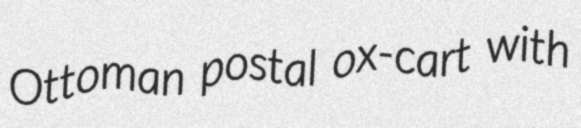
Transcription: Ottoman postal ox-cart with